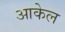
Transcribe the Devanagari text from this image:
आकेल